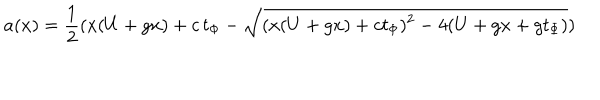
LaTeX: a ( x ) = { \frac { 1 } { 2 } } ( x ( U + g x ) + c \, t _ { \Phi } - \sqrt { ( x ( U + g x ) + c t _ { \Phi } ) ^ { 2 } - 4 ( U + g x + g t _ { \Phi } ) } )